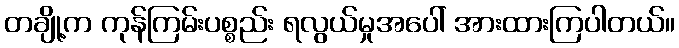
တချို့က ကုန်ကြမ်းပစ္စည်း ရလွယ်မှုအပေါ် အားထားကြပါတယ်။